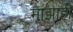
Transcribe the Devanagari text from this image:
माझाही